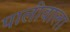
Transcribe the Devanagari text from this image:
पालीवाला